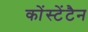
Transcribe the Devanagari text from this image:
कोंस्टेंटैन